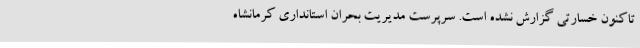
تاکنون خسارتی گزارش نشده است. سرپرست مدیریت بحران استانداری کرمانشاه